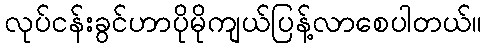
လုပ်ငန်းခွင်ဟာပိုမိုကျယ်ပြန့်လာစေပါတယ်။